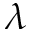
\lambda